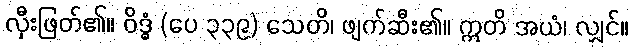
လှီးဖြတ်၏။ ဝိဒ္ဓံ (ပေ ၃၃၉) သေတိ၊ ဖျက်ဆီး၏။ ဣတိ အယံ၊ လျှင်။